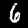
Label: 6